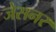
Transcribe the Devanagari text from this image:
जेसनर